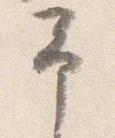
予